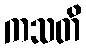
ကသတိ